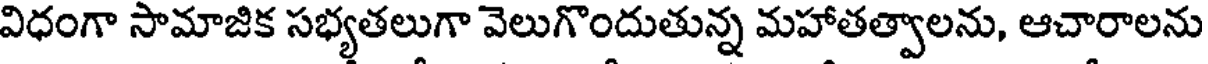
విధంగా సామాజిక సభ్యతలుగా వెలుగొందుతున్న మహాతత్వాలను, ఆచారాలను